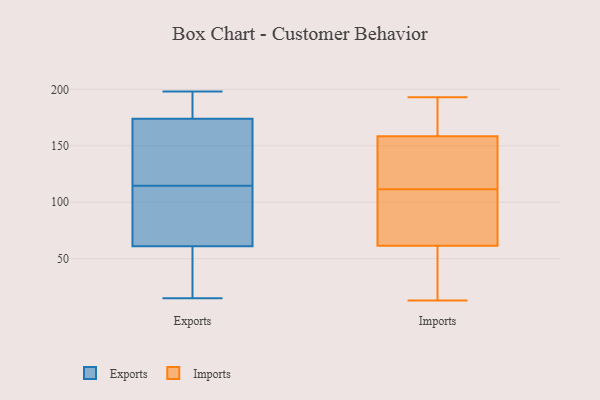
{"axis": {"x": "Churn Rate (%)", "y": "Value"}, "legend": ["Exports", "Imports"], "data": [{"x": "", "y": 171, "type": "Exports"}, {"x": "", "y": 198, "type": "Exports"}, {"x": "", "y": 190, "type": "Exports"}, {"x": "", "y": 47, "type": "Exports"}, {"x": "", "y": 75, "type": "Exports"}, {"x": "", "y": 21, "type": "Exports"}, {"x": "", "y": 90, "type": "Exports"}, {"x": "", "y": 158, "type": "Exports"}, {"x": "", "y": 177, "type": "Exports"}, {"x": "", "y": 124, "type": "Exports"}, {"x": "", "y": 15, "type": "Exports"}, {"x": "", "y": 105, "type": "Exports"}, {"x": "", "y": 93, "type": "Imports"}, {"x": "", "y": 155, "type": "Imports"}, {"x": "", "y": 121, "type": "Imports"}, {"x": "", "y": 13, "type": "Imports"}, {"x": "", "y": 80, "type": "Imports"}, {"x": "", "y": 192, "type": "Imports"}, {"x": "", "y": 193, "type": "Imports"}, {"x": "", "y": 43, "type": "Imports"}, {"x": "", "y": 162, "type": "Imports"}, {"x": "", "y": 102, "type": "Imports"}, {"x": "", "y": 123, "type": "Imports"}, {"x": "", "y": 32, "type": "Imports"}]}